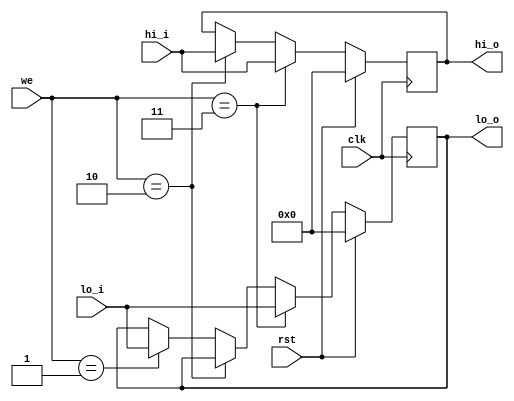
`timescale 1ns / 1ps

module hilo_reg(
	input  wire clk,rst,
	input  wire [1:0] we,
	input  wire [31:0] hi_i,lo_i,
	output wire [31:0] hi_o,lo_o
    );
	
	reg [31:0] hi, lo;
	always @(negedge clk) begin
		if(rst) begin
			hi <= 0;
			lo <= 0;
		end else if (we==2'b11) begin
			hi <= hi_i;
			lo <= lo_i;
		end else if (we==2'b10) begin
			hi <= hi_i;
		end else if (we==2'b01) begin
			lo <= lo_i;
		end
	end

	assign hi_o = hi;
	assign lo_o = lo;
endmodule